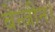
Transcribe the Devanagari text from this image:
बेन्जीन।